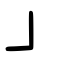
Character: ㇘